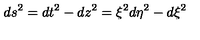
d s ^ { 2 } = d t ^ { 2 } - d z ^ { 2 } = \xi ^ { 2 } d \eta ^ { 2 } - d \xi ^ { 2 }